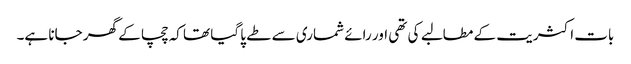
بات اکثریت کے مطالبے کی تھی اور رائے شماری سے طے پا گیا تھا کہ چچا کے گھر جانا ہے۔